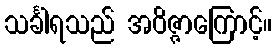
သင်္ခါရသည် အဝိဇ္ဇာကြောင့်။